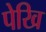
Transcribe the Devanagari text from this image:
पेखि